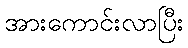
အားကောင်းလာပြီး